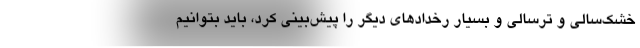
خشک‌سالی و ترسالی و بسیار رخدادهای دیگر را پیش‌بینی کرد، باید بتوانیم